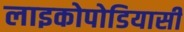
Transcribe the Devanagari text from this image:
लाइकोपोडियासी